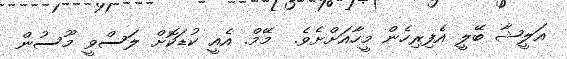
އަލީޝާ ބޭލީ އެފިރިހެން މީހާއަށްށެވެ.  މޭމް. އެއީ ކުޑަކޮށް ލަސްވީ މޫސުން